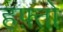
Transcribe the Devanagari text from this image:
हफ़्तो